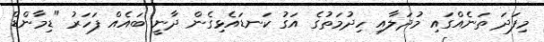
މިފަދަ ތަނެއްގައި މުދަލާއި ހިދުމަތުގެ އަގު ކަނޑައެޅިގެން ދާނީ ބައެއް ފަހަރު "ޑިމާންޑް